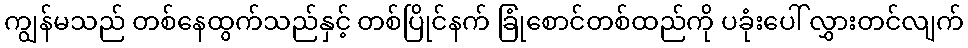
ကျွန်မသည် တစ်နေထွက်သည်နှင့် တစ်ပြိုင်နက် ခြုံစောင်တစ်ထည်ကို ပခုံးပေါ် လွှားတင်လျက်